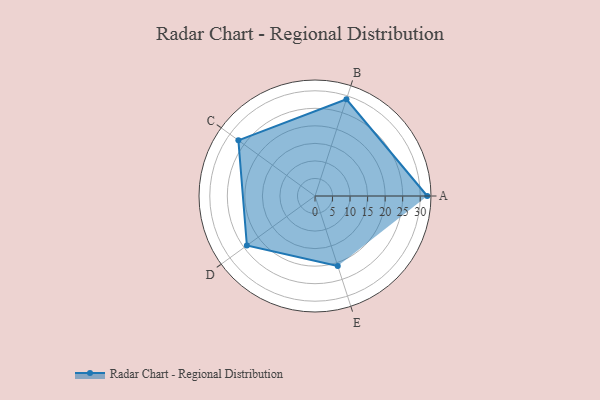
{"axis": {"x": "Skill", "y": "Score"}, "legend": ["Profile"], "data": [{"x": "A", "y": 32.0, "type": "Profile"}, {"x": "B", "y": 29.0, "type": "Profile"}, {"x": "C", "y": 27.0, "type": "Profile"}, {"x": "D", "y": 24.0, "type": "Profile"}, {"x": "E", "y": 21.0, "type": "Profile"}]}